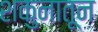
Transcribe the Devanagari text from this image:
शकुनातून